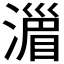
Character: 𣽪